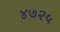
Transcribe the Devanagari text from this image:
४७२५